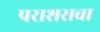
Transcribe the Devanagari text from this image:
पराशराचा